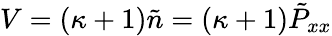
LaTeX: V=(\kappa+1)\tilde{n}=(\kappa+1)\tilde{P}_{xx}